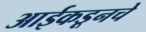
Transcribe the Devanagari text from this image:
आईकडूनचे